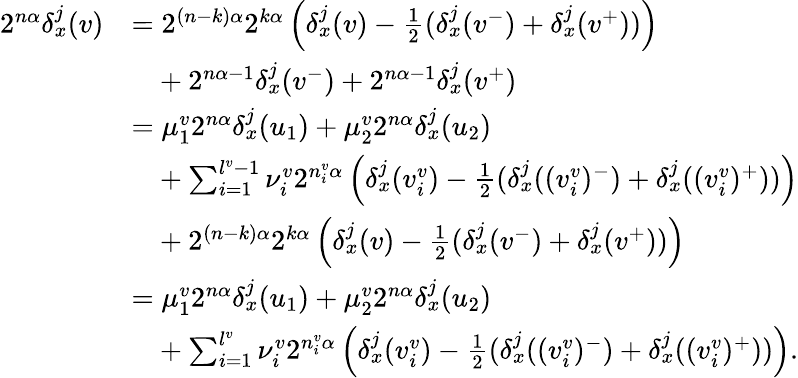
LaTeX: \begin{array}{rl}{2^{n\alpha}\delta_{x}^{j}(v)}&{=2^{(n-k)\alpha}2^{k\alpha}\left(\delta_{x}^{j}(v)-\frac 12(\delta_{x}^{j}(v^{-})+\delta_{x}^{j}(v^{+}))\right)}\\ &{\phantom{=}+2^{n\alpha-1}\delta_{x}^{j}(v^{-})+2^{n\alpha-1}\delta_{x}^{j}(v^{+})}\\ &{=\mu_{1}^{v}2^{n\alpha}\delta_{x}^{j}(u_{1})+\mu_{2}^{v}2^{n\alpha}\delta_{x}^{j}(u_{2})}\\ &{\phantom{=}+\sum_{i=1}^{l^{v}-1}\nu_{i}^{v}2^{n_{i}^{v}\alpha}\left(\delta_{x}^{j}(v_{i}^{v})-\frac 12(\delta_{x}^{j}((v_{i}^{v})^{-})+\delta_{x}^{j}((v_{i}^{v})^{+}))\right)}\\ &{\phantom{=}+2^{(n-k)\alpha}2^{k\alpha}\left(\delta_{x}^{j}(v)-\frac 12(\delta_{x}^{j}(v^{-})+\delta_{x}^{j}(v^{+}))\right)}\\ &{=\mu_{1}^{v}2^{n\alpha}\delta_{x}^{j}(u_{1})+\mu_{2}^{v}2^{n\alpha}\delta_{x}^{j}(u_{2})}\\ &{\phantom{=}+\sum_{i=1}^{l^{v}}\nu_{i}^{v}2^{n_{i}^{v}\alpha}\left(\delta_{x}^{j}(v_{i}^{v})-\frac 12(\delta_{x}^{j}((v_{i}^{v})^{-})+\delta_{x}^{j}((v_{i}^{v})^{+}))\right)\mathrm{.}}\end{array}